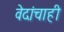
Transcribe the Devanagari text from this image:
वेदांचाही